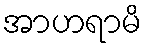
အာဟရာမိ